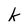
Character: b